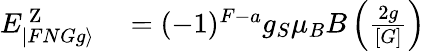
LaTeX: \begin{array}{rl}{E_{|FNGg\rangle}^{\mathrm{~Z~}}}&{{}=(-1)^{F-a}g_{S}\mu_{B}B\left(\frac{2g}{[G]}\right)}\end{array}